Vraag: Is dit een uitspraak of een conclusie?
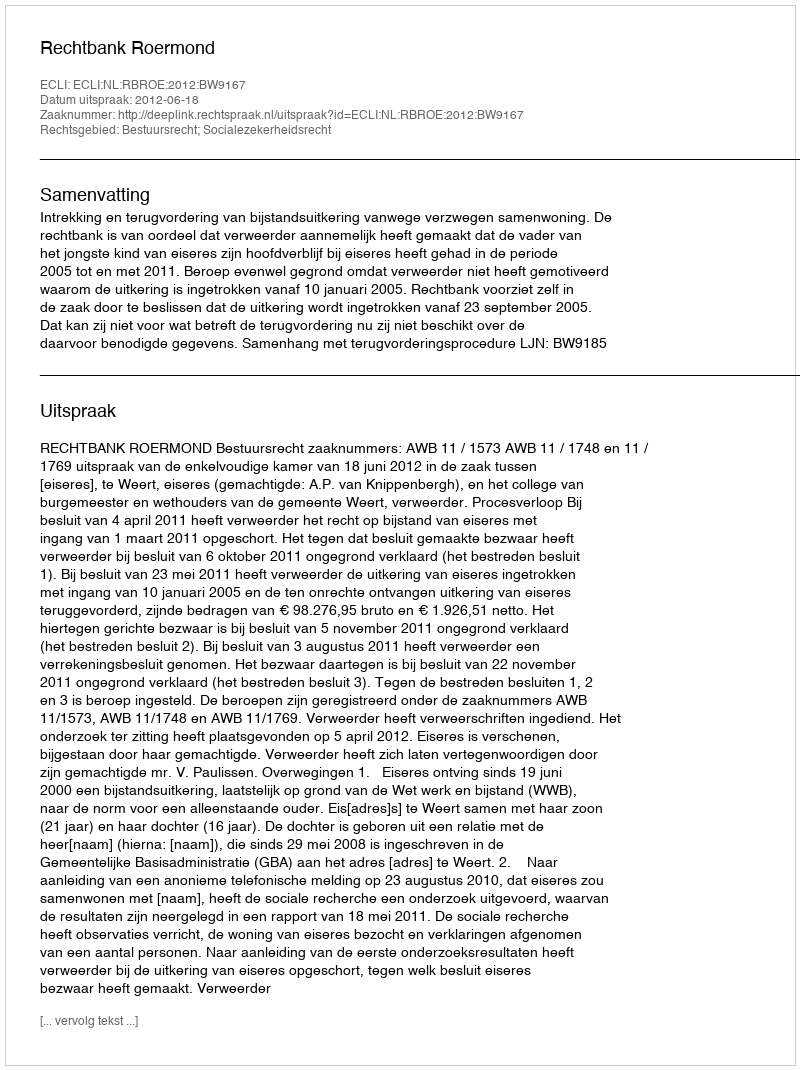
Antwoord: Uitspraak